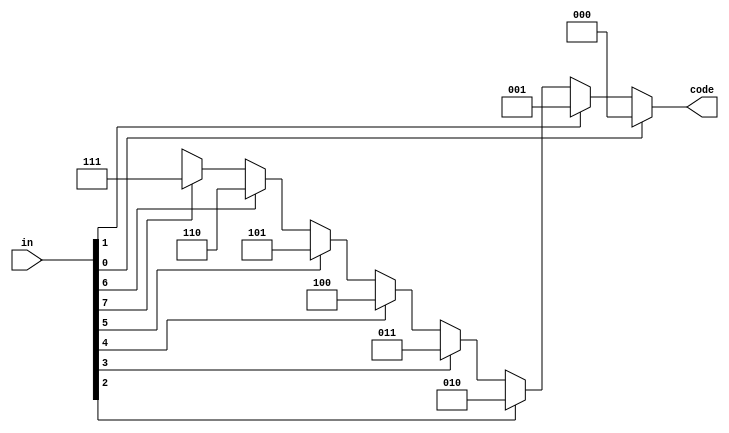
module priority_encoder(in, code);
    input [7: 0] in;

    //REG => HAVE TO CHANGE VALUE IN ALWAYS
    output reg [2: 0] code;

    //SAY INPUT 0 HAS A HIGHE PRIORITY THAN 7

    always @ (in)
    begin
        if (in[0]) code = 3'b0;
        else if (in[1]) code = 3'd1;
        else if (in[2]) code = 3'd2;
        else if (in[3]) code = 3'd3;
        else if (in[4]) code = 3'd4;
        else if (in[5]) code = 3'd5;
        else if (in[6]) code = 3'd6;
        else if (in[7]) code = 3'd7;
        else code  = 3'bxxx;
    end
endmodule